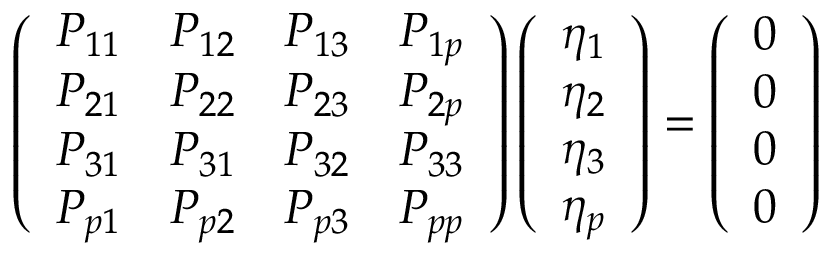
\left( \begin{array} { l l l l } { P _ { 1 1 } } & { P _ { 1 2 } } & { P _ { 1 3 } } & { P _ { 1 p } } \\ { P _ { 2 1 } } & { P _ { 2 2 } } & { P _ { 2 3 } } & { P _ { 2 p } } \\ { P _ { 3 1 } } & { P _ { 3 1 } } & { P _ { 3 2 } } & { P _ { 3 3 } } \\ { P _ { p 1 } } & { P _ { p 2 } } & { P _ { p 3 } } & { P _ { p p } } \end{array} \right) \left( \begin{array} { l } { \eta _ { 1 } } \\ { \eta _ { 2 } } \\ { \eta _ { 3 } } \\ { \eta _ { p } } \end{array} \right) = \left( \begin{array} { l } { 0 } \\ { 0 } \\ { 0 } \\ { 0 } \end{array} \right)